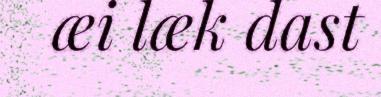
æi læk dast